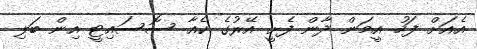
އެއަށް ފަހު އީމަން ދާން ފެށީ އޭރުގެ ކެއާ ސޮސައިޓީ އިން ބަލި